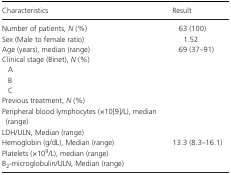
<table><thead><tr><td><b>Characteristics</b></td><td><b>Result</b></td></tr></thead><tbody><tr><td>Number of patients, <i>N</i> (%)</td><td>63 (100)</td></tr><tr><td>Sex (Male to female ratio)</td><td>1.52</td></tr><tr><td>Age (years), median (range)</td><td>69 (37–91)</td></tr><tr><td colspan="2">Clinical stage (Binet), <i>N</i> (%)</td></tr><tr><td>A</td><td>[EMPTY_CELL]</td></tr><tr><td>B</td><td>[EMPTY_CELL]</td></tr><tr><td>C</td><td>[EMPTY_CELL]</td></tr><tr><td>Previous treatment, <i>N</i> (%)</td><td>[EMPTY_CELL]</td></tr><tr><td>Peripheral blood lymphocytes (×109/L), median (range)</td><td>[EMPTY_CELL]</td></tr><tr><td>LDH/ULN, Median (range)</td><td>[EMPTY_CELL]</td></tr><tr><td>Hemoglobin (g/dL), Median (range)</td><td>13.3 (8.3–16.1)</td></tr><tr><td>Platelets (×10<sup>9</sup>/L), median (range)</td><td>[EMPTY_CELL]</td></tr><tr><td>B<sub>2</sub>‐microglobulin/ULN, Median (range)</td><td>[EMPTY_CELL]</td></tr></tbody></table>